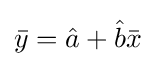
{\bar {y}}={\hat {a}}+{\hat {b}}{\bar {x}}